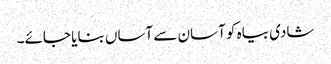
شادی بیاہ کو آسان سے آساں بنایا جائے۔